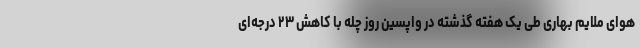
هوای ملایم بهاری طی یک هفته گذشته در واپسین روز چله با کاهش ۲۳ درجه‌ای